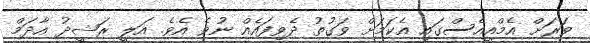
ވަރަށް އެމްއީއެސްގައި އެކަމަށް ވަގުތު ދެވިފައެއް ނުވެ އެވެ. އަލީ ރަޝީދު އާދަމް